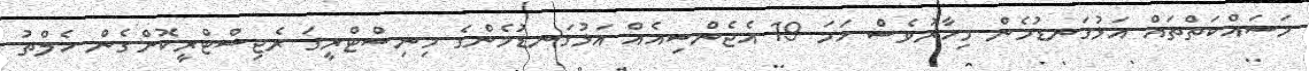
މަސައްކަތްތައް އަޅުގަނޑުމެން މިހާރުވެސް ހަމަ 19 އެޖެންސިއެއް އަޅުގަނޑުމެންގެ މިނިސްޓްރީގަ ރެޖިސްޓްރީކޮށްގެން ހެލްތު